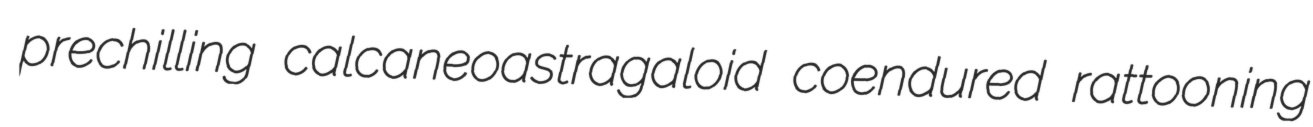
prechilling calcaneoastragaloid coendured rattooning